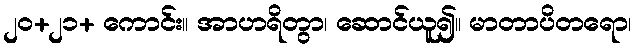
၂၀+၂၁+ ကောင်း။ အာဟရိတွာ၊ ဆောင်ယူ၍။ မာတာပိတရော၊